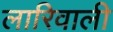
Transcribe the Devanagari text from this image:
लारिवाली